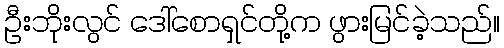
ဦးဘိုးလွင် ဒေါ်စောရှင်တို့က ဖွားမြင်ခဲ့သည်။